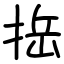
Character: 捳